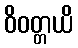
ဝိဝတ္တယိ